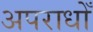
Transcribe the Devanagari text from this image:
अपराधोँ